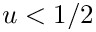
u < 1 / 2